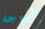
الزوجه